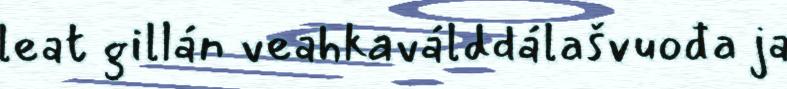
leat gillán veahkaválddálašvuođa ja